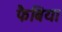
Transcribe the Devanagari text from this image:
फैबिया